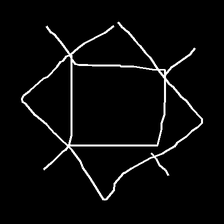
Glyph: light